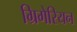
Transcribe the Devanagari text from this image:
ग्रिगेरियन